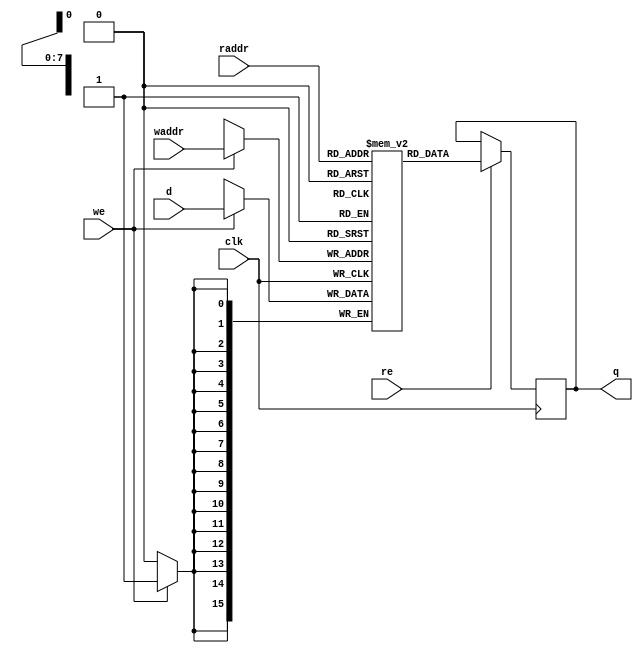
module ram_6(
	   input 		       clk,
	   input 		       we,
	   input [ADDR_WIDTH - 1 : 0]  waddr,
	   input [DATA_WIDTH - 1 : 0]  d,
	   input 		       re,
	   input [ADDR_WIDTH - 1 : 0]  raddr,
	   output [DATA_WIDTH - 1 : 0] q
	   );
   parameter ADDR_WIDTH = 8;
   parameter DATA_WIDTH = 16;
   localparam DEPTH = 1  << ADDR_WIDTH;
   reg [DATA_WIDTH - 1 : 0] 	       mem [DEPTH - 1 : 0];
   reg [DATA_WIDTH - 1 : 0] 	       _q = 0;
   assign q = _q;
   always @ (posedge clk)
     begin
	if (we)
	  begin
	     mem[waddr] <= d;
	  end
	if (re)
	  begin
	     _q <= mem[raddr];
	  end
     end 
endmodule